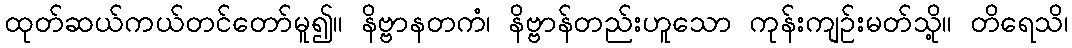
ထုတ်ဆယ်ကယ်တင်တော်မူ၍။ နိဗ္ဗာနတကံ၊ နိဗ္ဗာန်တည်းဟူသော ကုန်းကျဉ်းမတ်သို့။ တိရေသိ၊